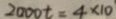
2 0 0 0 t = 4 \times 1 0